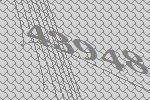
43948